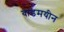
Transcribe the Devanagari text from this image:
वाडमयीन